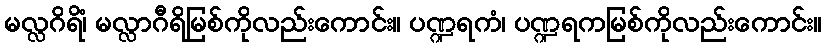
မလ္လဂိရိံ၊ မလ္လာဂီရိမြစ်ကိုလည်းကောင်း။ ပဏ္ဍရကံ၊ ပဏ္ဍရကမြစ်ကိုလည်းကောင်း။